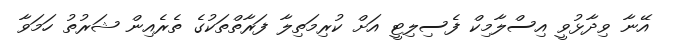
އޭނާ ވިދާޅުވީ އިސްލާމިކް ފެސިލިޓީ އަށް ކުރިމަތިލާ ފަރާތްތަކުގެ ތެރެއިން ޝަރުތު ހަމަވާ